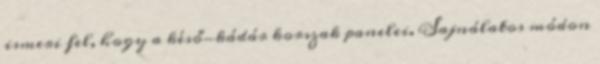
ismeri fel, hogy a késő-kádár korszak panelei. Sajnálatos módon